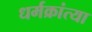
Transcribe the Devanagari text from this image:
धर्मक्रांत्या